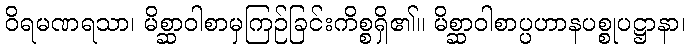
ဝိရမဏရသာ၊ မိစ္ဆာဝါစာမှကြဉ်ခြင်းကိစ္စရှိ၏။ မိစ္ဆာဝါစာပ္ပဟာနပစ္စုပဋ္ဌာနာ၊